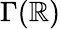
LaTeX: \Gamma(\mathbb{R})